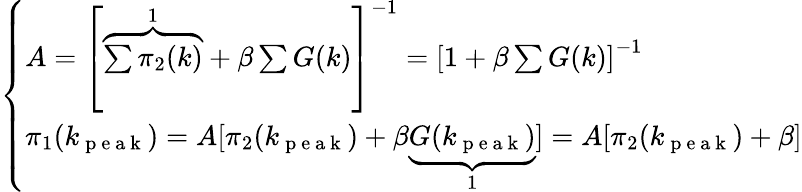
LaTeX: \left\{ \begin{array}{l}{A=\left[\overbrace{\sum\pi_{2}(k)}^{1}+\beta\sum G(k)\right]^{-1}=\left[1+\beta\sum G(k)\right]^{-1}}\\ {\pi_{1}(k_{\mathrm{~p~e~a~k~}})=A[\pi_{2}(k_{\mathrm{~p~e~a~k~}})+\beta\underbrace{G(k_{\mathrm{~p~e~a~k~}})}_{1}]=A[\pi_{2}(k_{\mathrm{~p~e~a~k~}})+\beta]}\end{array}\right.